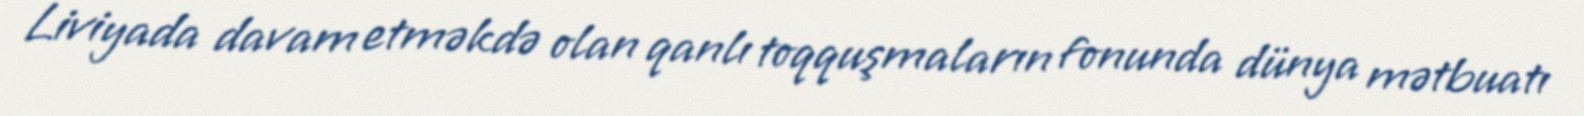
Liviyada davam etməkdə olan qanlı toqquşmaların fonunda dünya mətbuatı